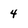
Character: 4